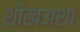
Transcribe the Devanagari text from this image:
शीखअशा